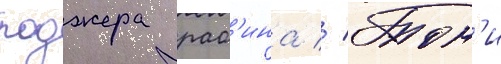
роджера рас'ина // Тон'и